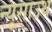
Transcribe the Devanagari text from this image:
न्यूसाउथ